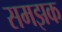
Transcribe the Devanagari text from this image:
समझक